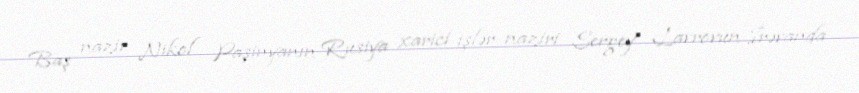
Baş nazir Nikol Paşinyanın Rusiya xarici işlər naziri Sergey Lavrovun İrəvanda